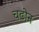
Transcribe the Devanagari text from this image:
चढोन